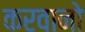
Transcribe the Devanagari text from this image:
करवानो